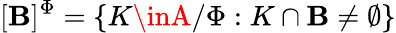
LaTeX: [\mathbf{B}]^{\Phi}=\{ K\inA/\Phi:K\cap\mathbf{B}\neq\emptyset\}